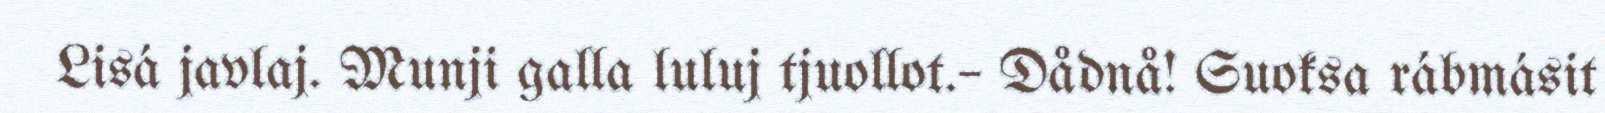
Lisá javlaj. Munji galla luluj tjuollot.– Dådnå! Suoksa rábmásit